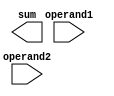
module FixedPointAdder (
    input wire signed [7:0] operand1,
    input wire signed [7:0] operand2,
    output wire signed [7:0] sum
);

reg signed [7:0] intermediate_sum;
reg signed [7:0] final_sum;

always @* begin
    intermediate_sum = operand1 + operand2;
    final_sum = intermediate_sum + arithmetic_blocks();
    sum = final_sum;
end

function signed [7:0] arithmetic_blocks;
    // Additional calculations here (e.g. multiplication, division, rounding)
    // Return result
endfunction

endmodule